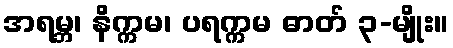
အရမ္ဘ၊ နိက္ကမ၊ ပရက္ကမ ဓာတ် ၃-မျိုး။